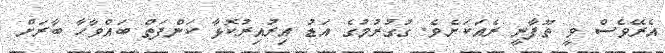
އެރޭވެސް ވީ ތޫފާނީ ރެއަކަށެވެ. ގުގުރުމުގެ އަޑު އިރުއިރުކޮޅާ ކަންފަތް ބައްވާހާ ބާރަށް